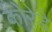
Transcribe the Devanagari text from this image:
कोरेडे